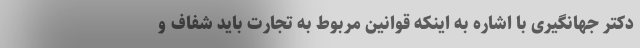
دکتر جهانگیری با اشاره به اینکه قوانین مربوط به تجارت باید شفاف و